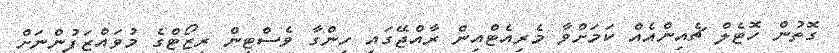
ގޮތުން ހޮޓެލް ޗެއިންއެއް ކަމަށްވާ މެރިއެޓްއިން ރާއްޖޭގައި ހިންގާ ވެސްޓިން ރިޒޯޓްގެ މުވައްޒަފުންނަށް